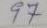
97